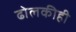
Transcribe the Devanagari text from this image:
ढोलकीही